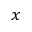
x